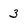
Character: 3